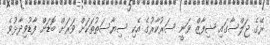
ރޭގެ ޖަލްސާގައި ޝިފާޒް ވަނީ ސަރުކާރުގެ އެކި ސިޔާސަތުތަކަށް ވަރަށް ބޮޑަށް ފާޑުވިދާޅުވެ